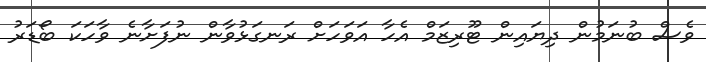
ވެސް ބުނަމުން ދިޔައިން ޓޫރިޒަމް އެހާ އަވަހަށް ރަނގަޅުވާން ނުފަށާނެ ވާހަކަ ބޯޑަރު